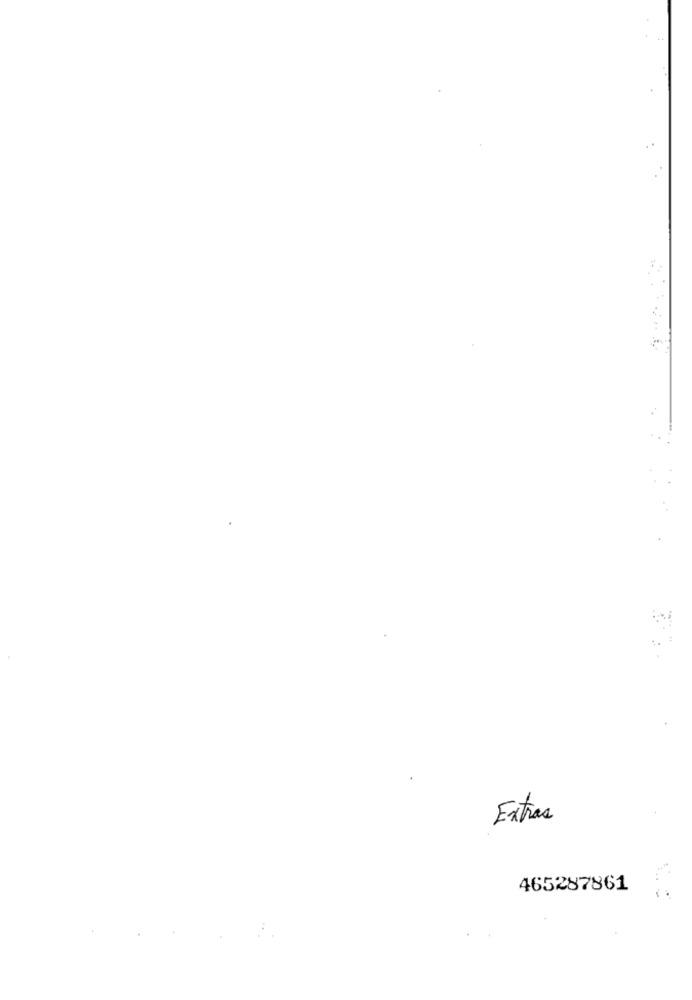
Extras
465287861